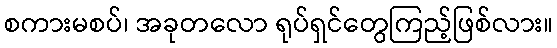
စကားမစပ်၊ အခုတလော ရုပ်ရှင်တွေကြည့်ဖြစ်လား။